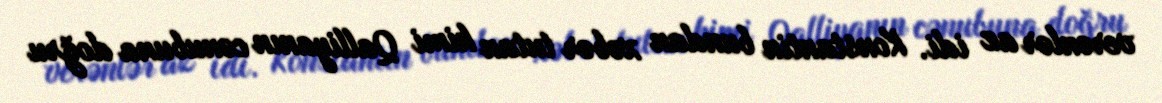
verənlər az idi. Konstantin bundan xəbər tutan kimi Qalliyanın cənubuna doğru